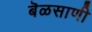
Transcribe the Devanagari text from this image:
बॆळसाणी